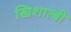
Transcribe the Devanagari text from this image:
खिशात्बी